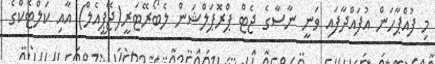
މި ފުއްޕާހަން އުފައްދާފައި ވަނީ ނާސާގެ ޖެޓް ޕްރޮޕަލްޝަން ލެބޯރޭޓަރީ(ޖޭޕީއެލް) އާއި ކަލްޓެކްގެ